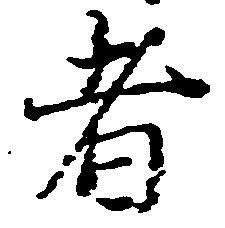
者